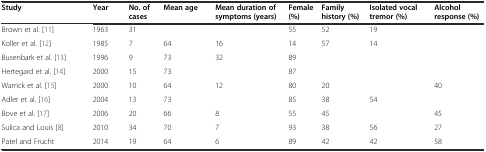
| Study | Year | No. of cases | Mean age | Mean duration of symptoms (years) | Female (%) | Family history (%) | Isolated vocal tremor (%) | Alcohol response (%) |
 | --- | --- | --- | --- | --- | --- | --- | --- | --- |
 | Brown et al. [11] | 1963 | 31 |  |  | 55 | 52 | 19 |  |
 | Koller et al. [12] | 1985 | 7 | 64 | 16 | 14 | 57 | 14 |  |
 | Busenbark et al. [13] | 1996 | 9 | 73 | 32 | 89 |  |  |  |
 | Hertegard et al. [14] | 2000 | 15 | 73 |  | 87 |  |  |  |
 | Warrick et al. [15] | 2000 | 10 | 64 | 12 | 80 | 20 |  | 40 |
 | Adler et al. [16] | 2004 | 13 | 73 |  | 85 | 38 | 54 |  |
 | Bove et al. [17] | 2006 | 20 | 66 | 8 | 55 | 45 |  | 45 |
 | Sulica and Louis [8] | 2010 | 34 | 70 | 7 | 93 | 38 | 56 | 27 |
 | Patel and Frucht | 2014 | 19 | 64 | 6 | 89 | 42 | 42 | 58 |